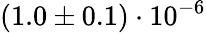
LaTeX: (1.0\pm 0.1)\cdot 10^{-6}